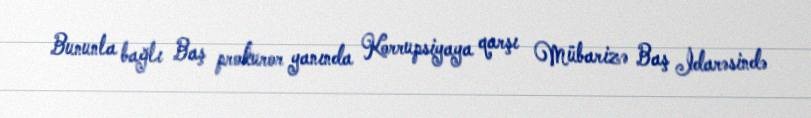
Bununla bağlı Baş prokuror yanında Korrupsiyaya qarşı Mübarizə Baş İdarəsində